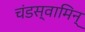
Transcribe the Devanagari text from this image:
चंडस्वामिन्